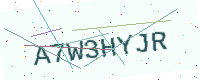
Text: A7W3HYJR